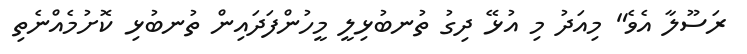
ރަސޫލާ އެވެ" މިއަދު މި އުޅޭ ދިގު ތުނބުޅިލީ މީހުންފަދައިން ތުނބުޅި ކޮށުމެއްނެތި